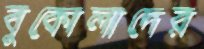
বুকোলাদের